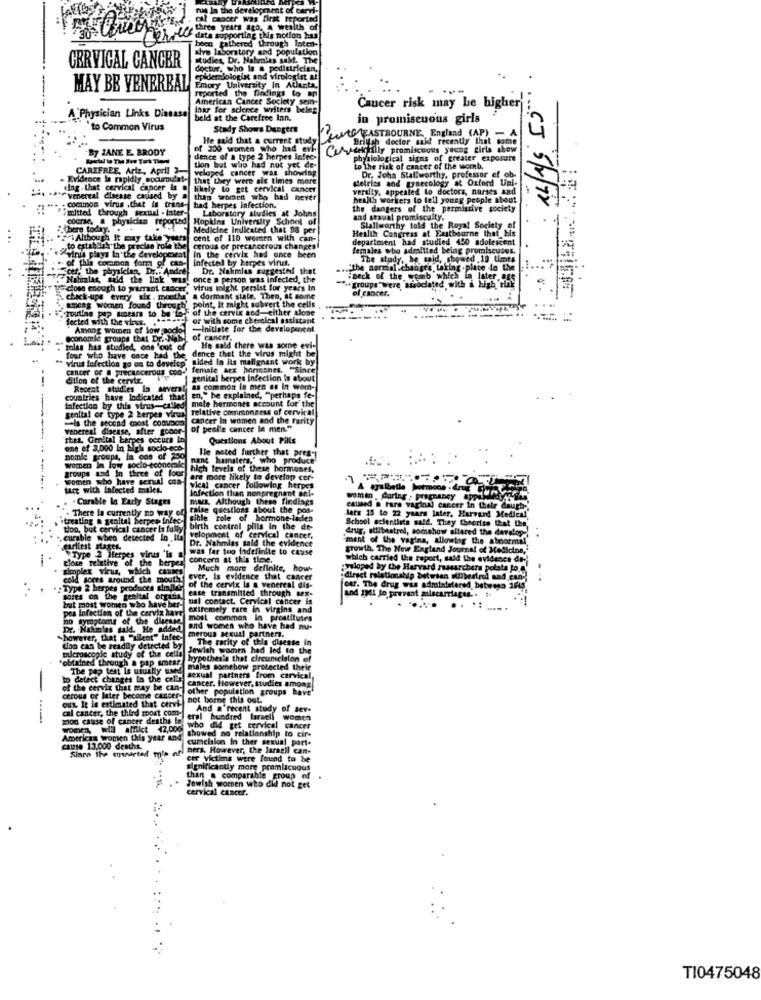
rus la the development of cervi-
cal cancer was first reported
three years ago. a wealth of
data supporting this notion hms
boon gathered through latent-
xive laboratory and population
CERVICAL CANCER
studies, Dr. Nahmias salt. The
doctur, who is a pediatrician,
epidemiologist and virologist at
MAY BE VENEREAL
reported the findings to ap
Emory University in Atlanta,
American Cancer Society sem-
inar for science writers beleg
Cancer risk may be higher
A Physician Links Disease
held at the Carefree Ian.
in promiscuous girls
to Common Virus
Study Shows Dangers
He said that a current study
Twee EASTBOURNE, England (AP)-
British doctor said recently that some
By ZANE E. BRODY
of 200 women who had evl.
Comvedly promiscuous young girls show
dence of a type 2 herpes Infec.
physiological signs of greater exposure
CAREFREE, Artz, April3-
tion but who had not yet de-
veloped cancer was showlap
to The risk of cancer of the womb,
Evidence is rapidly socumulat-
that they were six times more
sietrics and gynecology & Oxford Uni-
Dr. John Stallworthy, professor ef ob-
«Ing. that cervical cancer Is @ likely to get cervical Cancer
veraity, appealed to doctors, nurses and
venereal disease caused by a than tabmen who had hever
health workers to tell young people about
Tutted through sexual . inter-
common virus .that is trans-
had herpes infection.
Laboratory studies at Johns
the dangers of the permissive society
course, a physician reported
Hopkins University School of
and staual promiscuity.
"bere today. ..
Medicine indicated that 98 per
Health Congress at Eastbourne that bis
Stallworthy told the Royal Society of
Although It may take years
cent of 110 worsen with can-
department had studied 450 adolescent
. to crtab all' the precise role the cerous or precancerous changes!
Avirus plays In the developerest
females who admitted being promiscuous.
of this common for of cas-
In the cervix hed ance been
infected by herpes virus.
The study, he said, showed ,10 times
Scer, the physician, Dr .: Andre
Dr. Nahmias suggested that
... the normal changes taking -place do the
.Nohalas, told the link war
once a person was infected, the
""- groups were 'sisocated with i his 'rink
Deck of the womb which in later.age
later CAS
close enough to warrant cancer" virus inight persist for years in
of cancer.
check-ups every air , months' a dormant state. Then, if some
routine pap smears to be "Lo'E of the cervix and-either alone
among women found through' point, It might subvert the cells
fected with the virus. . " -----
or with some chercical assistant
Among women of low sode.
-Initiate for the developenent
economie groups that Dr .- NaBL of cancer.
"molas has studied, one 'out of
dence that the virus might be
He said there was some evi-
" virus fefection go on to develop" ided In ils malignant work by
four who have once had the.
cancer of @ precancerous con'' female sex hormones. "Since
dillon of the cerviz.
genital herpes infection is about
Recent studies In several
as common in men as In worn-
countries have Indicated that
en," he explained, "perhaps fe-
tafection by this virus-called!
male hormones account for the
relative commonness of cervical
genital or type 2 herpes virus
Is the second most common cancer In women and the rarity
venereal disease, after gonor- of pesi'e cancer la men."
Then, Genital herpes occurs In
Questions About Pills
one of 3,000 In high socio-eco-
Hle noted further that pres-
Domle groups, la one of 250
women In low socio-economic
nane hamsters," who produce
high levels of these hormones,
groups and In three of four
women who have sexual con-
are more likely to develop cer-
tact with Infected males.
wical cancer following herpes
A syalbetle hotmons .Crus
. CaraMe Ig Early Stages
Infection than nonpregnant ont-
mas, Although these findings
woman , Carter , Pregnancy appal
There la currently no way of telse questions about the pos-
caused & Fare vaginal cancer in their daugh-
itreating & genital herpes infec-
gible role of hormone-laden
lers 15 to 22 years later, Harvard Medical
School scientists said. They theorize that the
too, but cervical cancer is fully
birth control pills in the de-
drug, stilbestrel, somshow altered the develop-
. curable when detected lo. It
mrd velopment of cervical cancer,
Dr. Nahmias said the evidence
ment of the vagina, allowlag the abnormal
earliest stages.
was far too Indefinite to cause
growth. The New England Journal of Medicine,'
Close relative of the berper
" Type 2 Herpes virus 'is a
concern at this tlec.
which carried the report, said the evidence de-
simplex virus, which Cues
Much more definke, how-
preloped by the Harvard researchers polata po '
cold sores around the moutht ever. Is evidence that cancer
direct relationship between ouThestrul nad can-
. . Type 2 herpes products dimajid?
of the cervix la a venereal dis-
case transmitted through tex-
CA7. The drug was administered, butwego AF45
sorts on the genital organin
nal contact. Cervical cancer is
und 1pdt to prevent miscarriages. . ..
pos infection of the cervix have
but most women who have ber-
extremely rare in virgins and
no symptoms of the disease
most common in prostitutes
Dr. Hakimlas sald. He addedl and women who have had nu-
merous sexual partner.
"however, that a "allent" Infec-
The rarity of this disease in
microscopic study of the cells lowith women hed led to the
Con can be readily detected by
obtained through a pap smear.
hypothes's that circumcision of
The pap test le usually used
males somehow protected their
to detect changes In the calls
sexual partners from cervical,
of the cervix that may be can-
cancer. However, studies among
other population groups have'
crous or later become cancer-
out, It is estimated that cervi-
not borne this out.
cal cancer, the third most com-
And a'recent study of sev-
mod cause of cancer deaths to
eral hundred laraell women
wonen, will alftict 42,000
who did tet cervical cancer
showed no relationship to cir-
American women this year and
cumcision in ther sexual port.
CAUSO 13.000 deaths.
Siaco the smarted mlp af
ners. However, the laraell can-
cor victims were found to be
significantly more promiscuous
than a comparable group of
Jewish women who did not get
cervical cancer.
TI0475048